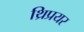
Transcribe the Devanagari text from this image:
थ्रिप्रयर